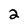
Character: 2